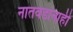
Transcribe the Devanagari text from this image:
नातवंडांनाही